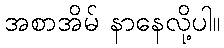
အစာအိမ် နာနေလို့ပါ။